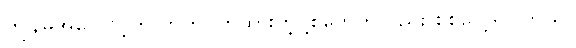
ကျွန်မအကောင့်ကို တက်ဂ်တွဲထားတဲ့ပို့စ်တွေကိုလည်း စစ်လေ့ရှိပါတယ်။